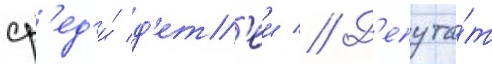
ср'ед'и́ д'ет'еи // Д'епута́т